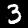
Digit: 3